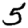
Digit: 5